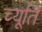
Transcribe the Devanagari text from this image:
च्यूति